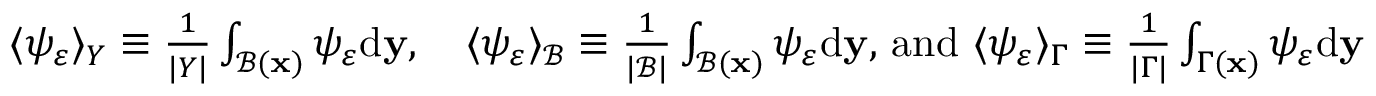
\begin{array} { r } { \langle \psi _ { \varepsilon } \rangle _ { Y } \equiv \frac { 1 } { | Y | } \int _ { \mathcal { B } ( \mathbf x ) } \psi _ { \varepsilon } \mathrm { d } \mathbf { y } , \quad \langle \psi _ { \varepsilon } \rangle _ { \mathcal { B } } \equiv \frac { 1 } { | \mathcal { B } | } \int _ { \mathcal { B } ( \mathbf x ) } \psi _ { \varepsilon } \mathrm { d } \mathbf { y } , \, \mathrm { a n d } \, \, \langle \psi _ { \varepsilon } \rangle _ { \Gamma } \equiv \frac { 1 } { | \Gamma | } \int _ { \Gamma ( \mathbf x ) } \psi _ { \varepsilon } \mathrm { d } \mathbf { y } } \end{array}